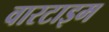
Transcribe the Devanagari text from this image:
वारटाइम